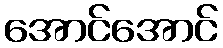
အောင်အောင်